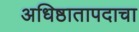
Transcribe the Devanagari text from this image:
अधिष्ठातापदाचा